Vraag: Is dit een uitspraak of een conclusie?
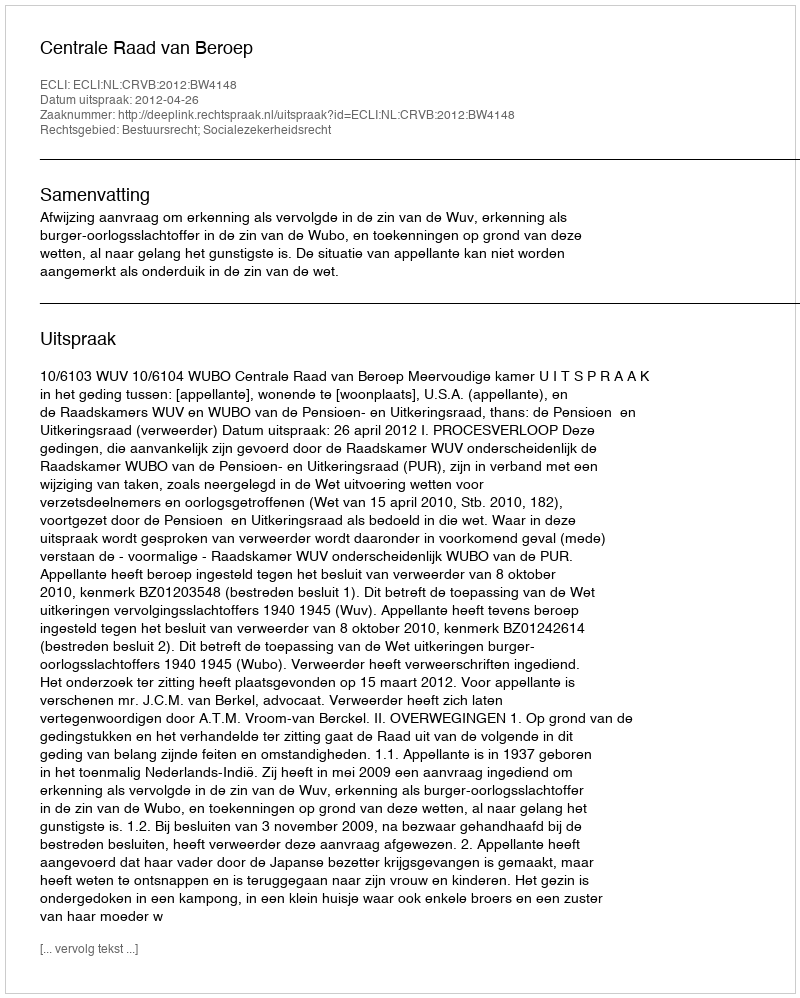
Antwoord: Uitspraak